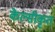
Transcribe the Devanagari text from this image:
केल्सीकृत